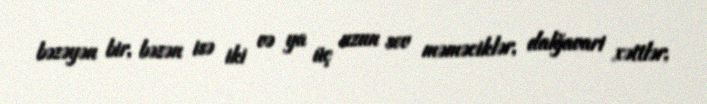
bəzəyən bir, bəzən isə iki və ya üç uzun sov məməciklər, dalğavari xəttlər,